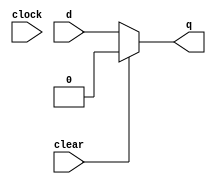
module dff_sync_clear(
        output q,
        input d,
        input clear,
        input clock
    );

    reg q;        
        always @(clock) begin

            if(clear) 
                q = 0;
            else
                q = d;

        end

    endmodule